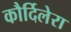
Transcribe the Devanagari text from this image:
कौर्दिलेरा